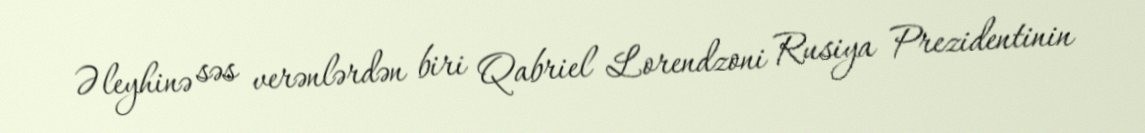
Əleyhinə səs verənlərdən biri Qabriel Lorendzoni Rusiya Prezidentinin